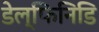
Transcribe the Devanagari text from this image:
डेल्फिनिडि